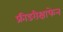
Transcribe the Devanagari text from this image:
फ्रीडरीक्षाफेन